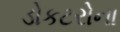
ડોકટરોના